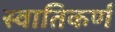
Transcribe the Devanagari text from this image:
स्वातिकर्ण